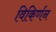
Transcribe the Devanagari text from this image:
विकिर्णन